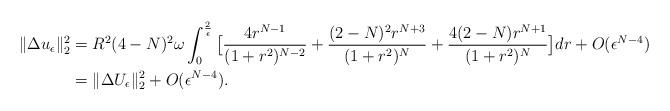
LaTeX: \begin{align*}\|\Delta u_{\epsilon}\|_{2}^{2}&=R^{2}(4-N)^{2}\omega\int_{0}^{\frac{2}{\epsilon}}\big[\frac{4r^{N-1}}{(1+r^{2})^{N-2}}+\frac{(2-N)^{2}r^{N+3}}{(1+r^{2})^{N}}+\frac{4(2-N)r^{N+1}}{(1+r^{2})^{N}}\big]dr+O(\epsilon^{N-4})\\&=\|\Delta U_{\epsilon}\|_{2}^{2}+O(\epsilon^{N-4}).\\\end{align*}